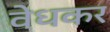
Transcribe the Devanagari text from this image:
वेधकर